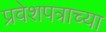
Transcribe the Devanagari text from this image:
प्रवेशपत्राच्या